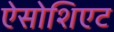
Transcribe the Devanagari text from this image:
ऐसोशिएट